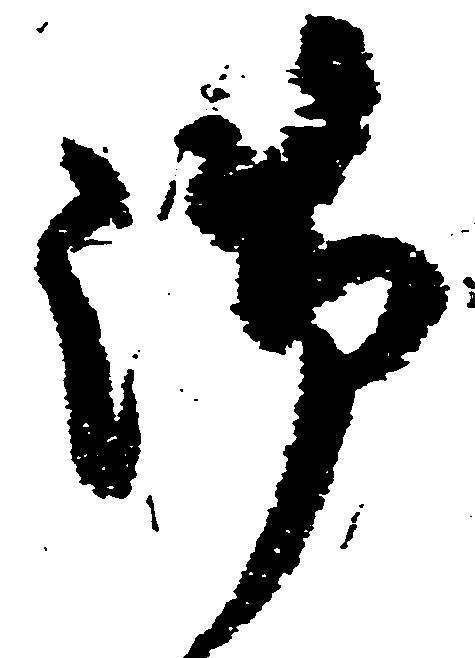
御